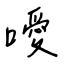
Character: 噯